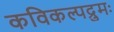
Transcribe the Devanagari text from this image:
कविकल्पद्रुमः